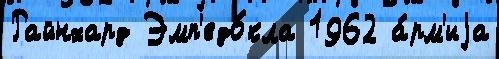
Райнхард Эмп'едо́кла 1962 а́рм'иjа